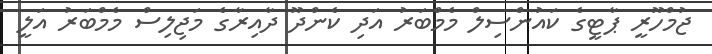
ޖުމްހޫރީ ޕާޓީގެ ކައުންސިލް މެމްބަރު އަދި ކެންދޫ ދާއިރާގެ މަޖިލިސް މެމްބަރު އަލީ